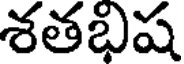
శతభిష